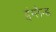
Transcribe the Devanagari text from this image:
इंग्लैन्ड